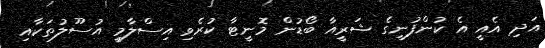
އަދި އެއީ އެ ކުންފުނީގެ ޝަރީއާ ބޯޑުން މޮނީޓާ ކުރެވި އިސްލާމީ އުސޫލުތަކާއި